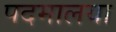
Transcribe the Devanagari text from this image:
पदमालया